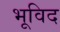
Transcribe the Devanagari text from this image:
भूविद